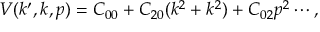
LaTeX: V ( k ^ { \prime } , k , p ) = C _ { 0 0 } + C _ { 2 0 } ( k ^ { 2 } + k ^ { 2 } ) + C _ { 0 2 } p ^ { 2 } \cdots ,